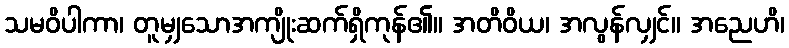
သမဝိပါကာ၊ တူမျှသောအကျိုးဆက်ရှိကုန်၏။ အတိဝိယ၊ အလွန်လျှင်။ အညေဟိ၊